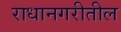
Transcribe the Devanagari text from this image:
राधानगरीतील